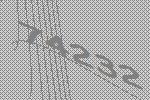
74232